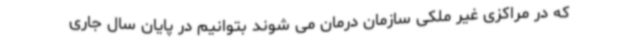
که در مراکزی غیر ملکی سازمان درمان می شوند بتوانیم در پایان سال جاری